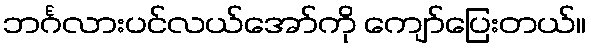
ဘင်္ဂလားပင်လယ်အော်ကို ကျော်ပြေးတယ်။